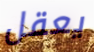
يعقل